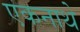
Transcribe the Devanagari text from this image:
एकनाथे